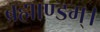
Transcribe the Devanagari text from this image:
ब्रह्माण्डम्।